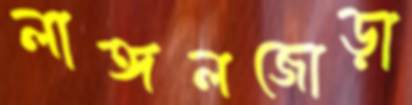
লাঙ্গলজোড়া